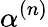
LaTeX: \alpha^{(n)}